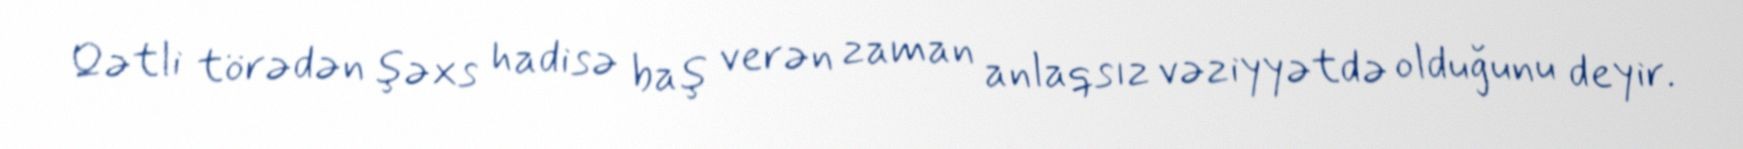
Qətli törədən şəxs hadisə baş verən zaman anlaqsız vəziyyətdə olduğunu deyir.